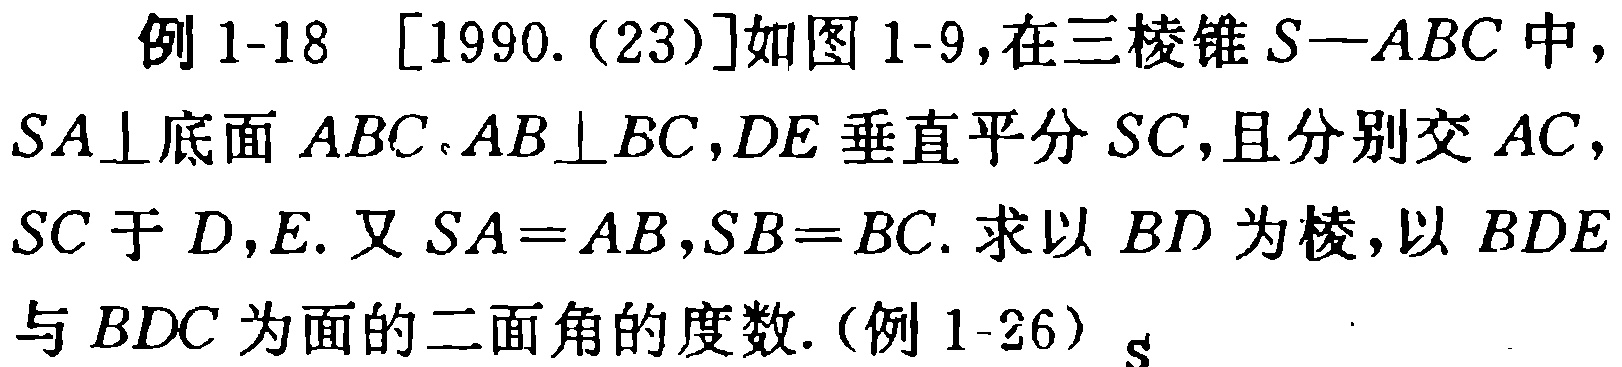
例 1-18 [1990.(23)]如图 1-9，在三棱锥 \(S - ABC\) 中，\(SA\perp\)底面 \(ABC\)，\(AB\perp BC\)，\(DE\) 垂直平分 \(SC\)，且分别交 \(AC\)，\(SC\) 于 \(D\)，\(E\)。又 \(SA = AB\)，\(SB = BC\)。求以 \(BD\) 为棱，以 \(BDE\) 与 \(BDC\) 为面的二面角的度数.（例 1-26）